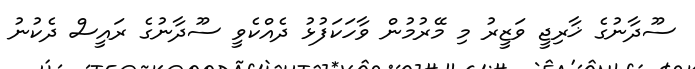
ސޫދާނުގެ ޚާރިޖީ ވަޒީރު މި މޭރުމުން ވާހަކަފުޅު ދެއްކެވީ ސޫދާނުގެ ރައީސް ދެކުނު